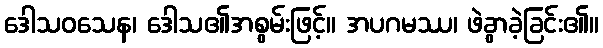
ဒေါသဝသေန၊ ဒေါသ၏အစွမ်းဖြင့်။ အပဂမဿ၊ ဖဲခွာခဲ့ခြင်း၏။